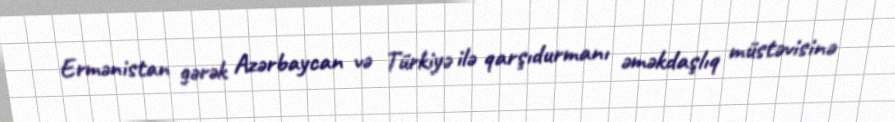
Ermənistan gərək Azərbaycan və Türkiyə ilə qarşıdurmanı əməkdaşlıq müstəvisinə